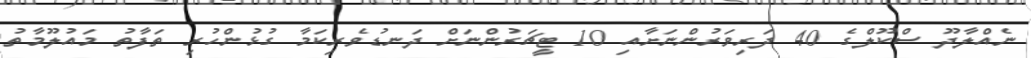
ނެއްލާދޫ ސްކޫލްގެ 40 ދަރިވަރުންނަށާއި 10 ޓީޗަރުންނަށް ދަނޑުވެރިކަމާ ގުޅުންހުރި ތަފާތު މައުލޫމާތު